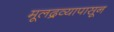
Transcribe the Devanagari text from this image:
मूलद्रव्यापासून